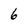
Character: 6